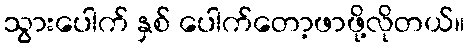
သွားပေါက် နှစ် ပေါက်တော့ဖာဖို့လိုတယ်။